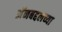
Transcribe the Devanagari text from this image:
अॅनबद्दलच्या